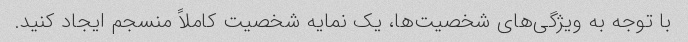
با توجه به ویژگی‌های شخصیت‌ها، یک نمایه شخصیت کاملاً منسجم ایجاد کنید.